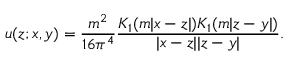
u ( z ; x , y ) = \frac { m ^ { 2 } } { 1 6 \pi ^ { 4 } } \frac { K _ { 1 } ( m | x - z | ) K _ { 1 } ( m | z - y | ) } { | x - z | | z - y | } .